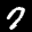
Label: 7